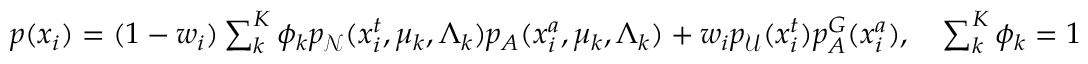
\begin{array} { r } { p ( x _ { i } ) = ( 1 - w _ { i } ) \sum _ { k } ^ { K } \phi _ { k } p _ { \mathcal N } ( x _ { i } ^ { t } , \mu _ { k } , \Lambda _ { k } ) p _ { A } ( x _ { i } ^ { a } , \mu _ { k } , \Lambda _ { k } ) + w _ { i } p _ { \mathcal { U } } ( x _ { i } ^ { t } ) p _ { A } ^ { G } ( x _ { i } ^ { a } ) , ~ ~ ~ \sum _ { k } ^ { K } \phi _ { k } = 1 } \end{array}